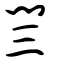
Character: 閆